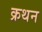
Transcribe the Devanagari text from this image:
क्रथन